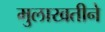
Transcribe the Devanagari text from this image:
मुलाखतीने